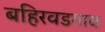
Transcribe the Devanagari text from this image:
बहिरवडगाव